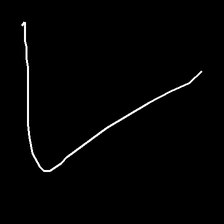
Glyph: region